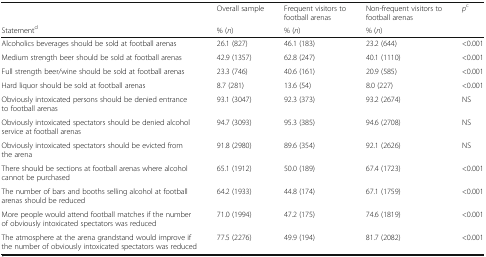
<table><thead><tr><td></td><td><b>Overall sample</b></td><td><b>Frequent visitors to football arenas</b></td><td><b>Non-frequent visitors to football arenas</b></td><td><b><i>p</i><sup>c</sup></b></td></tr><tr><td><b>Statement<sup>d</sup></b></td><td><b>% (<i>n</i>)</b></td><td><b>% (<i>n</i>)</b></td><td><b>% (<i>n</i>)</b></td><td></td></tr></thead><tbody><tr><td>Alcoholics beverages should be sold at football arenas</td><td>26.1 (827)</td><td>46.1 (183)</td><td>23.2 (644)</td><td>&lt;0.001</td></tr><tr><td>Medium strength beer should be sold at football arenas</td><td>42.9 (1357)</td><td>62.8 (247)</td><td>40.1 (1110)</td><td>&lt;0.001</td></tr><tr><td>Full strength beer/wine should be sold at football arenas</td><td>23.3 (746)</td><td>40.6 (161)</td><td>20.9 (585)</td><td>&lt;0.001</td></tr><tr><td>Hard liquor should be sold at football arenas</td><td>8.7 (281)</td><td>13.6 (54)</td><td>8.0 (227)</td><td>&lt;0.001</td></tr><tr><td>Obviously intoxicated persons should be denied entrance to football arenas</td><td>93.1 (3047)</td><td>92.3 (373)</td><td>93.2 (2674)</td><td>NS</td></tr><tr><td>Obviously intoxicated spectators should be denied alcohol service at football arenas</td><td>94.7 (3093)</td><td>95.3 (385)</td><td>94.6 (2708)</td><td>NS</td></tr><tr><td>Obviously intoxicated spectators should be evicted from the arena</td><td>91.8 (2980)</td><td>89.6 (354)</td><td>92.1 (2626)</td><td>NS</td></tr><tr><td>There should be sections at football arenas where alcohol cannot be purchased</td><td>65.1 (1912)</td><td>50.0 (189)</td><td>67.4 (1723)</td><td>&lt;0.001</td></tr><tr><td>The number of bars and booths selling alcohol at football arenas should be reduced</td><td>64.2 (1933)</td><td>44.8 (174)</td><td>67.1 (1759)</td><td>&lt;0.001</td></tr><tr><td>More people would attend football matches if the number of obviously intoxicated spectators was reduced</td><td>71.0 (1994)</td><td>47.2 (175)</td><td>74.6 (1819)</td><td>&lt;0.001</td></tr><tr><td>The atmosphere at the arena grandstand would improve if the number of obviously intoxicated spectators was reduced</td><td>77.5 (2276)</td><td>49.9 (194)</td><td>81.7 (2082)</td><td>&lt;0.001</td></tr></tbody></table>